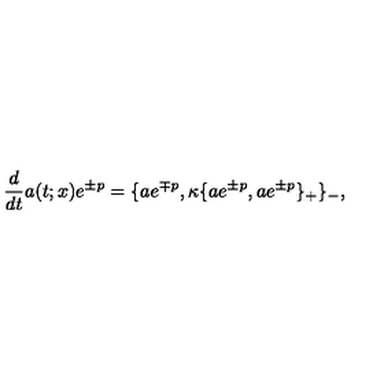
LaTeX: \frac { d } { d t } a ( t ; x ) e ^ { \pm p } = \{ a e ^ { \mp p } , \kappa \{ a e ^ { \pm p } , a e ^ { \pm p } \} _ { + } \} _ { - } ,